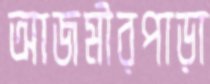
আজমীরপাড়া